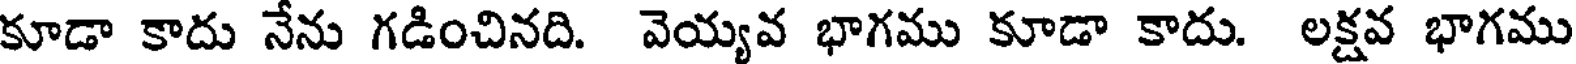
కూడా కాదు నేను గడించినది. వెయ్యవ భాగము కూడా కాదు. లక్షవ భాగము